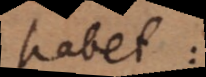
habet: